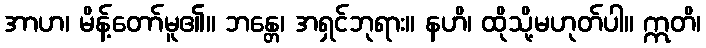
အာဟ၊ မိန့်တော်မူ၏။ ဘန္တေ၊ အရှင်ဘုရား။ နဟိ၊ ထိုသို့မဟုတ်ပါ။ ဣတိ၊